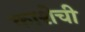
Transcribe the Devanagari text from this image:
काशेची